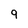
Character: 9